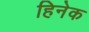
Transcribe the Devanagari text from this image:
हिनेक